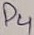
Text: D4